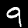
Digit: 9